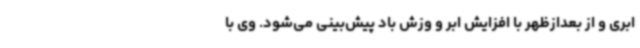
ابری و از بعدازظهر با افزایش ابر و وزش باد پیش‌بینی می‌شود. وی با